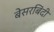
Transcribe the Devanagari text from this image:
बेसरबिंदी